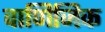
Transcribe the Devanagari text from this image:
वाणिजिक